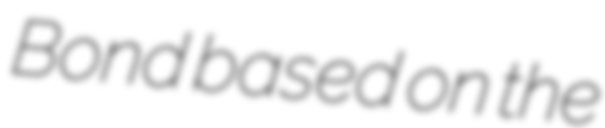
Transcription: Bond based on the